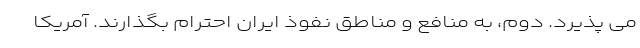
می پذیرد. دوم، به منافع و مناطق نفوذ ایران احترام بگذارند. آمریکا